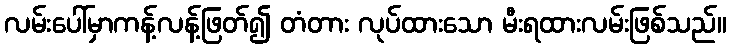
လမ်းပေါ်မှာကန့်လန့်ဖြတ်၍ တံတား လုပ်ထားသော မီးရထားလမ်းဖြစ်သည်။